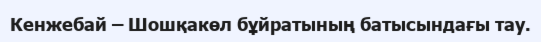
Кенжебай – Шошқакөл бұйратының батысындағы тау.